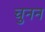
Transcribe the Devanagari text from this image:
चुनन